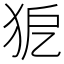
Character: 𤝤